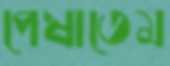
পেষাতেম